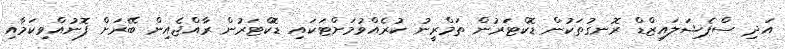
އަދި ސްޕެޝަލައިޒްޑް ރޮނގުތަކުން ޑޮކްޓަރުން ތަމްރީނު ކުރެއްވުމަށްޓަކައި ޑޮކްޓަރުން ރާއްޖެއިން ބޭރަށް ފޮނުއްވިކަމާއި